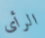
الرأى